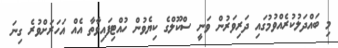
މި ބައްދަލުކުރެއްވުމުގައި ދަރިވަރުން ވަނީ ސްކޫލްގެ ކިޔެވުން ހުއްޓިފައިވާތާ އެއް އަހަރަށްވުރެ ގިނަ